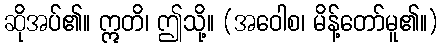
ဆိုအပ်၏။ ဣတိ၊ ဤသို့။ (အဝေါစ၊ မိန့်တော်မူ၏။)